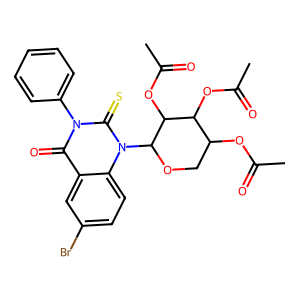
SMILES: CC(=O)OC1COC(n2c(=S)n(-c3ccccc3)c(=O)c3cc(Br)ccc32)C(OC(C)=O)C1OC(C)=O
Inhibits HIV replication: No